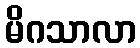
မိဂသာလာ